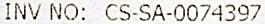
INV NO: CS-SA-0074397